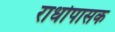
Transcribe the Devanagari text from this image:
राधोपासक